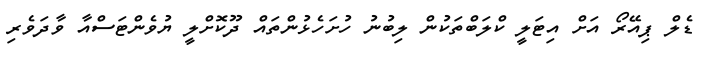
ޑެލް ޕިއޭރޯ އަށް އިޓަލީ ކްލަބްތަކުން ލިބުނު ހުށަހެޅުންތައް ދޫކޮށްލީ ޔުވެންޓަސްއާ ވާދަވެރި